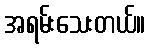
အရမ်းသေးတယ်။